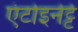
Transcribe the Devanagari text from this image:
एंटोइनेट्टे